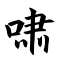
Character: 啸